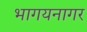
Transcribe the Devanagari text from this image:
भागयनागर